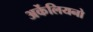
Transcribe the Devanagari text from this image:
अर्केलियनो